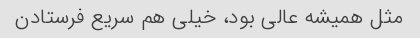
مثل همیشه عالی بود، خیلی هم سریع فرستادن